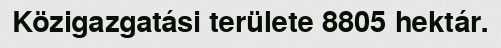
Közigazgatási területe 8805 hektár.